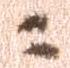
に